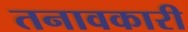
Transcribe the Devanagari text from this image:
तनावकारी